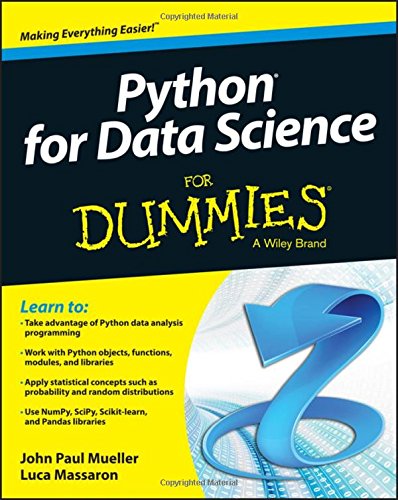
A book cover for Python for Data Science For Dummies (For Dummies (Computers)); John Paul Mueller; Computers & Technology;